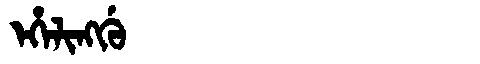
Manchu: ᡝᡥᡝᠯᡳᠩᡤᡠ
Romanization: EHELINGGU